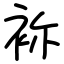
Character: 袮